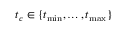
t _ { c } \in \{ t _ { \operatorname* { m i n } } , \dots , t _ { \operatorname* { m a x } } \}